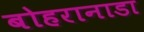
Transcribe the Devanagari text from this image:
बोहरानाडा